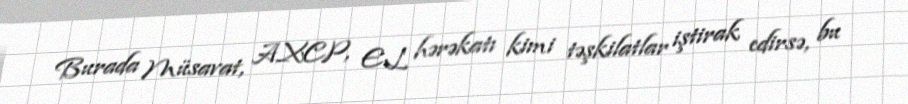
Burada Müsavat, AXCP, EL hərəkatı kimi təşkilatlar iştirak edirsə, bu